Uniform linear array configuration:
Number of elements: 48
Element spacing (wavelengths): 0.25
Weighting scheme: uniform
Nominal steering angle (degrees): -30
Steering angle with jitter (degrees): -30.585
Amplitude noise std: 0.05
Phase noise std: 0.05

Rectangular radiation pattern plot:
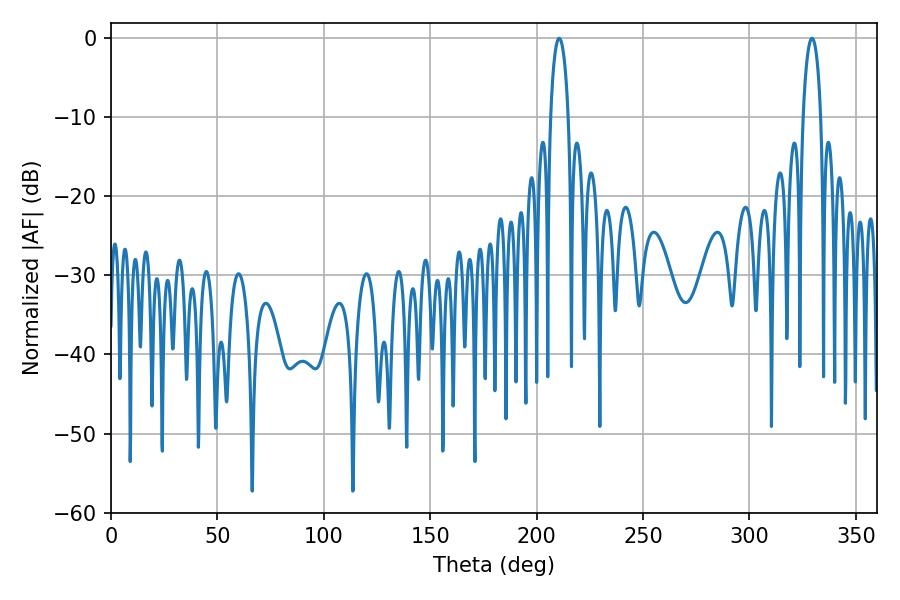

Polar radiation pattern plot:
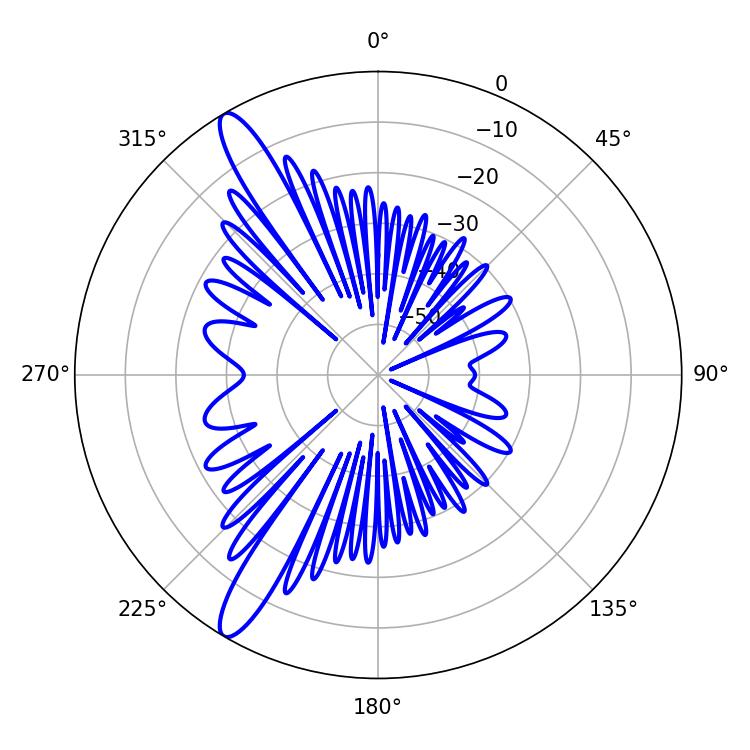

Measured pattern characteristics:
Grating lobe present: FALSE
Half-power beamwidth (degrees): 4.68
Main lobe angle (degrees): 210.6